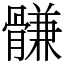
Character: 䯡